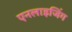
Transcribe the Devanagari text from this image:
एनलाइजिंग